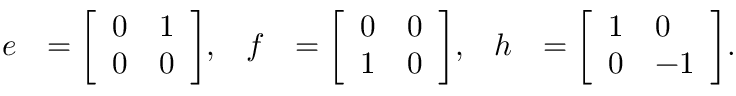
{ \begin{array} { r l r l r l } { e } & { = { \left[ \begin{array} { l l } { 0 } & { 1 } \\ { 0 } & { 0 } \end{array} \right] } , } & { f } & { = { \left[ \begin{array} { l l } { 0 } & { 0 } \\ { 1 } & { 0 } \end{array} \right] } , } & { h } & { = { \left[ \begin{array} { l l } { 1 } & { 0 } \\ { 0 } & { - 1 } \end{array} \right] } . } \end{array} }